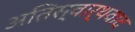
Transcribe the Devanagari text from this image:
अतिस्वार्थवाद